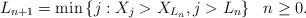
LaTeX: \begin{align*}L_{n+1} = \min\left\{j: X_j > X_{L_n}, j > L_n\right\} \ \ n \geq 0.\end{align*}